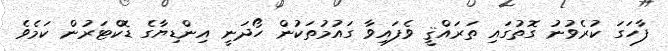
ފާހަގަ ކުރެވުނު ގޮތުގައި ތަރައްޤީ ވެފައިވާ ގައުމުތަކުން ހޯދަނީ އިންޑިޔާގެ ޑޮކްޓަރުން ކަމެވެ